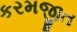
કરમજીત